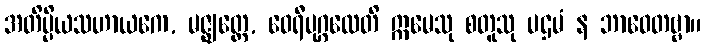
အတိပ္ပိယသဟာယကေ, မဇ္ဈတ္တေ, ဝေရီပုဂ္ဂလေတိ ဣမေသု စတူသု ပဌမံ န ဘာဝေတဗ္ဗာ။